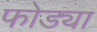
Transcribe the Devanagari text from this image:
फोड्या